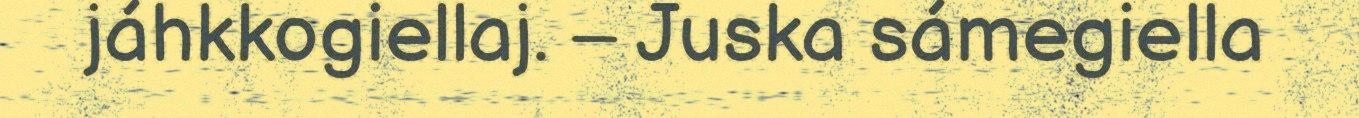
jáhkkogiellaj. – Juska sámegiella